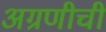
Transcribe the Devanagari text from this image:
अग्रणीची